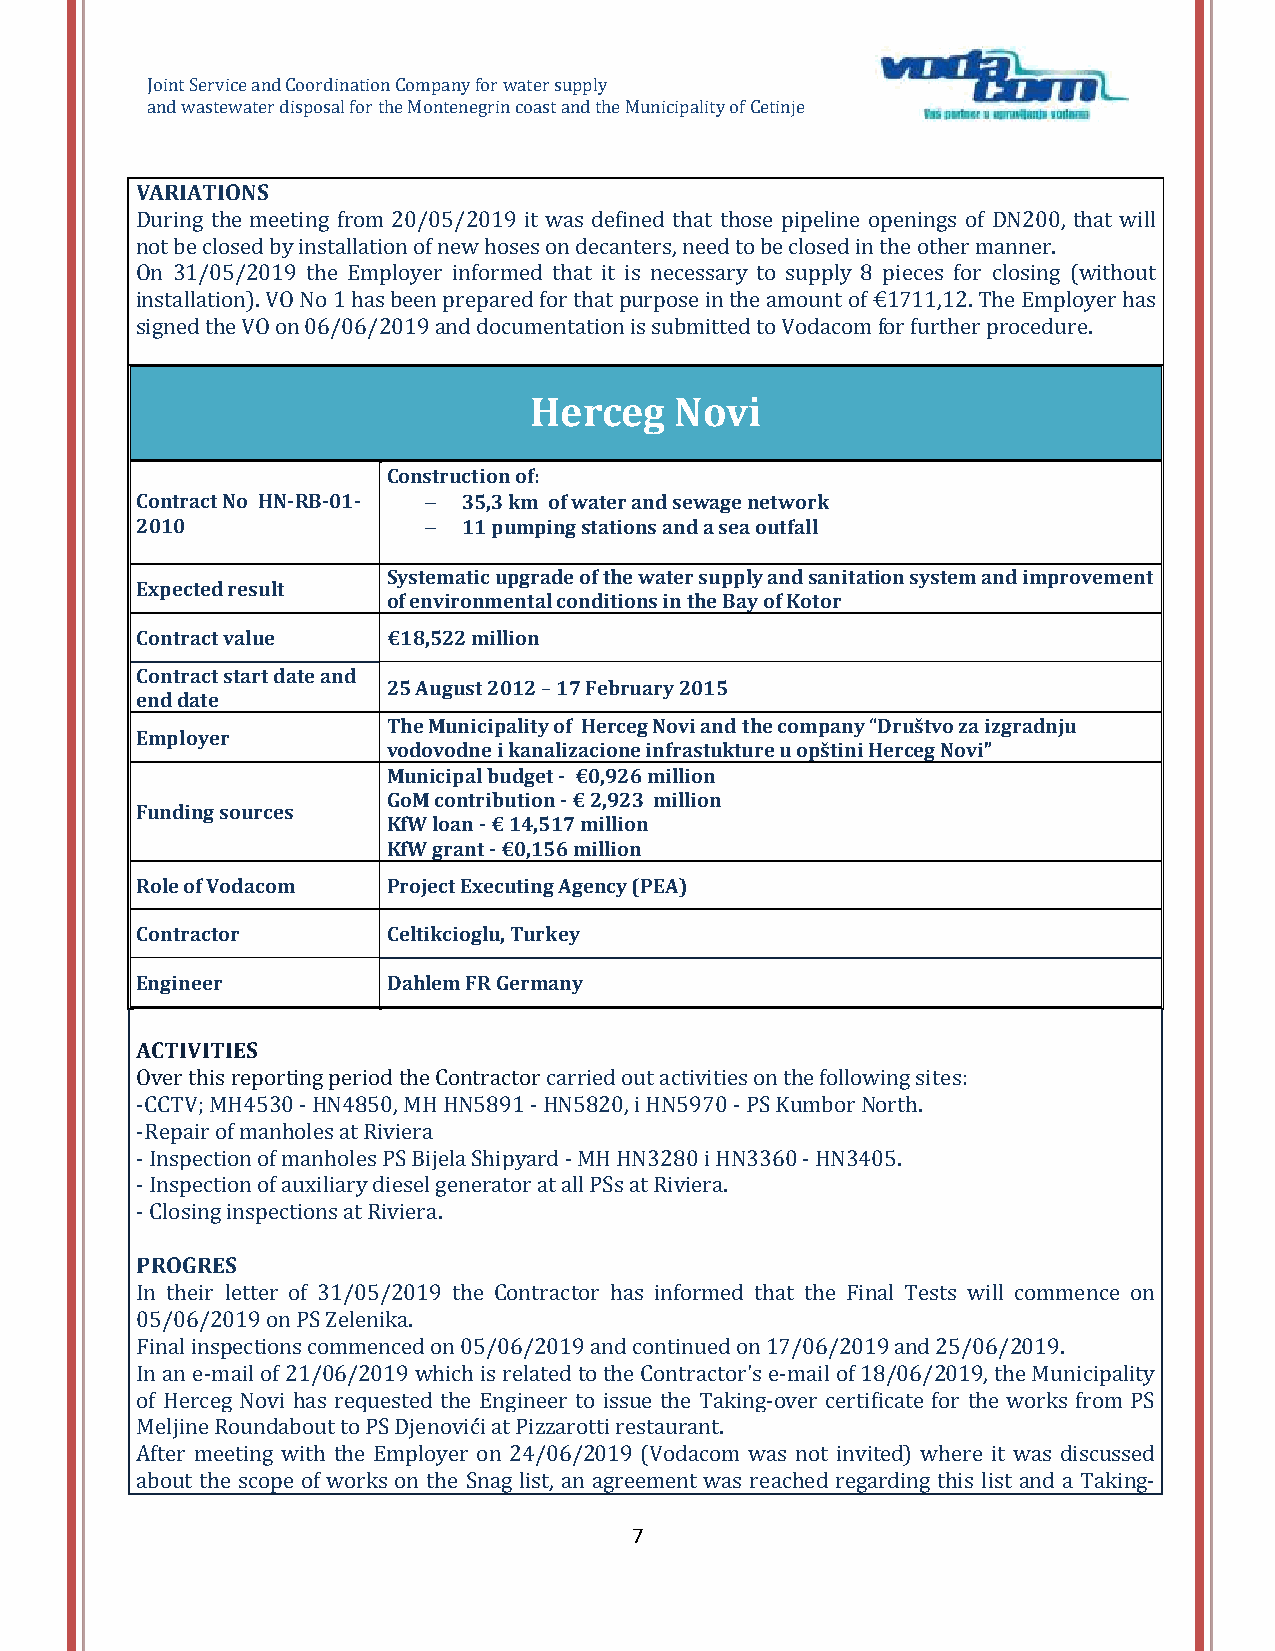
Joint Service and Coordination Company for water supply
 and wastewater disposal for the Montenegrin coast and the Municipality of Cetinje
 VARIATIONS
 During the meeting from 20/05/2019 it was defined that those pipeline openings of DN200, that will
 not be closed by installation of new hoses on decanters, need to be closed in the other manner.
 On 31/05/2019 the Employer informed that it is necessary to supply 8 pieces for closing (without
 installation). VO No 1 has been prepared for that purpose in the amount of €1711,12. The Employer has
 signed the VO on 06/06/2019 and documentation is submitted to Vodacom for further procedure.
 Herceg    Novi
 Construction of:
 Contract No HN-RB-01-  35,3 km of water and sewage network
 2010                 11 pumping stations and a sea outfall
 Systematic upgrade of the water supply and sanitation system and improvement
 Expected result
 of environmental conditions in the Bay of Kotor
 Contract value   €18,522 million
 Contract start date and
 25 August 2012 – 17 February 2015
 end date
 The Municipality of Herceg Novi and the company “Društvo za izgradnju
 Employer
 vodovodne i kanalizacione infrastukture u opštini Herceg Novi”
 Municipal budget - €0,926 million
 GoM contribution - € 2,923 million
 Funding sources
 KfW loan - € 14,517 million
 KfW grant - €0,156 million
 Role of Vodacom  Project Executing Agency (PEA)
 Contractor       Celtikcioglu, Turkey
 Engineer         Dahlem FR Germany
 ACTIVITIES
 Over this reporting period the Contractor carried out activities on the following sites:
 -CCTV; MH4530 - HN4850, MH HN5891 - HN5820, i HN5970 - PS Kumbor North.
 -Repair of manholes at Riviera
 - Inspection of manholes PS Bijela Shipyard - MH HN3280 i HN3360 - HN3405.
 - Inspection of auxiliary diesel generator at all PSs at Riviera.
 - Closing inspections at Riviera.
 PROGRES
 In their letter of 31/05/2019 the Contractor has informed that the Final Tests will commence on
 05/06/2019 on PS Zelenika.
 Final inspections commenced on 05/06/2019 and continued on 17/06/2019 and 25/06/2019.
 In an e-mail of 21/06/2019 which is related to the Contractor's e-mail of 18/06/2019, the Municipality
 of Herceg Novi has requested the Engineer to issue the Taking-over certificate for the works from PS
 Meljine Roundabout to PS Djenovići at Pizzarotti restaurant.
 After meeting with the Employer on 24/06/2019 (Vodacom was not invited) where it was discussed
 about the scope of works on the Snag list, an agreement was reached regarding this list and a Taking-
 7